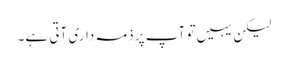
لیکن یہیں تو آپ پر ذمہ داری آتی ہے۔